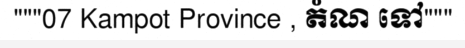
"""07 Kampot Province , តំណ ទៅ"""